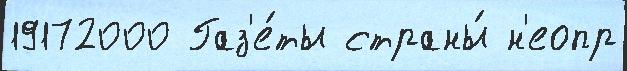
19172000 Газ'е́ты страны́ н'еопр